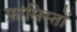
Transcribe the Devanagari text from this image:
फ़ासिस्तों